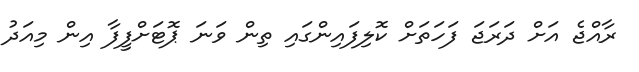
ރާއްޖެ އަށް ދަރަޖަ ފަހަތަށް ކޮލިފައިންގައި ތިން ވަނަ ޕޮޓަށްފީފާ އިން މިއަދު